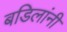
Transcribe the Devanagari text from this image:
बडिलांनी